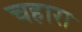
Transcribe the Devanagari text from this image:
चहारा